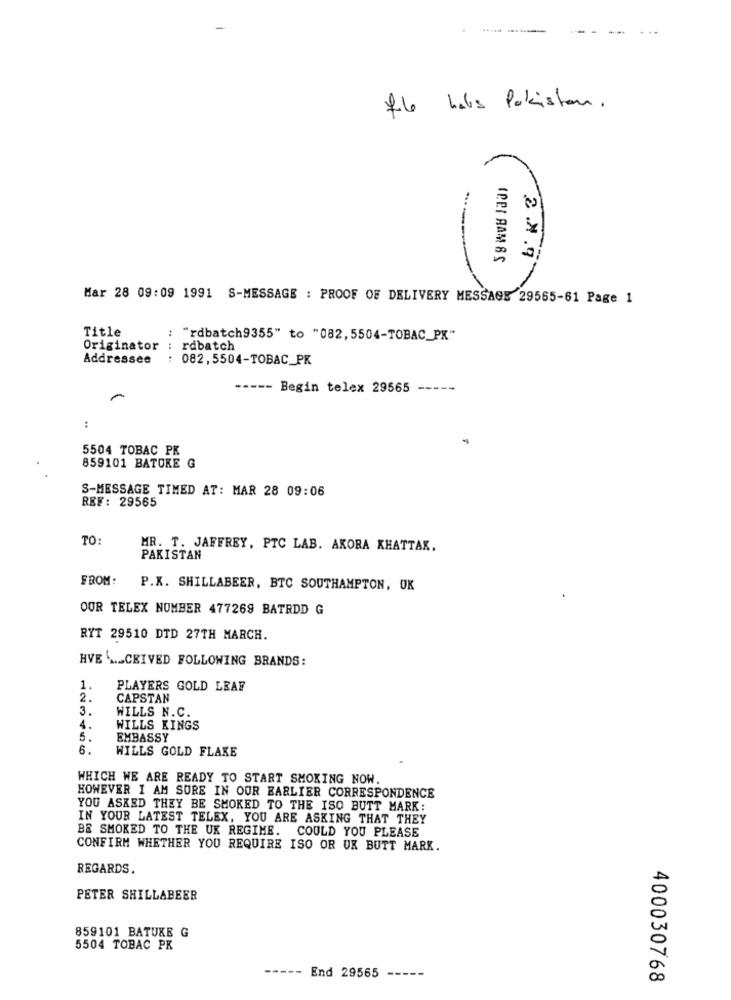
-
76 habs Pakistan.
IREI RAM BS
2 .x.97
Mar 28 09:09 1991 S-MESSAGE : PROOF OF DELIVERY MESSAGE 29565-61 Page 1
Title
:
"rdbatch9355" to "082, 5504-TOBAC_PX"
Originator : rdbatch
Addressee : 082, 5504-TOBAC_PK
----- Begin telex 29565 -----
:
5504 TOBAC PK
859101 BATOKE G
S-MESSAGE TIMED AT: MAR 28 09:06
REF: 29565
TO:
MR. T. JAFFREY, PTC LAB. AKORA KHATTAK.
PAKISTAN
FROM:
P.K. SHILLABEER, BTC SOUTHAMPTON, OK
OUR TELEX NUMBER 477269 BATRDD G
RYT 29510 DTD 27TH MARCH.
HVE ... CEIVED FOLLOWING BRANDS:
1.
PLAYERS GOLD LEAF
2.
CAPSTAN
3.
WILLS N.C.
4.
WILLS KINGS
5.
EMBASSY
6.
WILLS GOLD FLAKE
WHICH WE ARE READY TO START SMOKING NOW.
HOWEVER I AM SURE IN OUR EARLIER CORRESPONDENCE
YOU ASKED THEY BE SMOKED TO THE ISO BUTT MARK:
IN YOUR LATEST TELEX, YOU ARE ASKING THAT THEY
BE SMOKED TO THE UK REGIME. COULD YOU PLEASE
CONFIRM WHETHER YOU REQUIRE ISO OR UK BUTT MARK.
REGARDS.
PETER SHILLABEER
859101 BATUKE G
5504 TOBAC PK
----- End 29565
-----
400030768